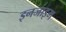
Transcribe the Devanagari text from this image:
इनजाइम